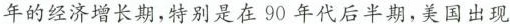
年的经济增长期，特别是在90年代后半期，美国出现